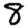
Digit: 8